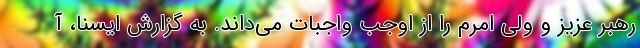
رهبر عزیز و ولی امرم را از اوجب واجبات می‌داند. به گزارش ایسنا، آ